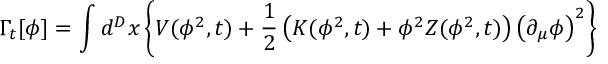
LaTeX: \Gamma _ { t } [ \phi ] = \int d ^ { D } x \left\{ V ( \phi ^ { 2 } , t ) + \frac { 1 } { 2 } \left( K ( \phi ^ { 2 } , t ) + \phi ^ { 2 } Z ( \phi ^ { 2 } , t ) \right) \left( \partial _ { \mu } \phi \right) ^ { 2 } \right\}